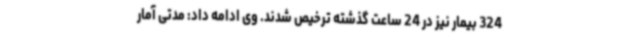
324 بیمار نیز در 24 ساعت گذشته ترخیص شدند. وی ادامه داد: مدتی آمار